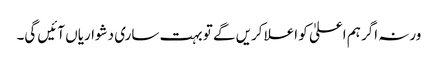
ورنہ اگر ہم اعلیٰ کو اعلا کریں گے تو بہت ساری دشواریاں آئیں گی۔